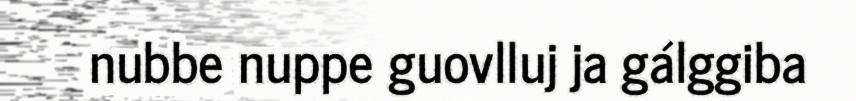
nubbe nuppe guovlluj ja gálggiba